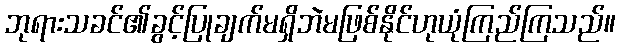
ဘုရားသခင်၏ခွင့်ပြုချက်မရှိဘဲမဖြစ်နိုင်ဟုယုံကြည်ကြသည်။